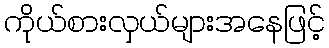
ကိုယ်စားလှယ်များအနေဖြင့်